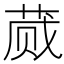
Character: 蒇